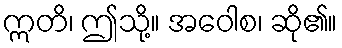
ဣတိ၊ ဤသို့။ အဝေါစ၊ ဆို၏။